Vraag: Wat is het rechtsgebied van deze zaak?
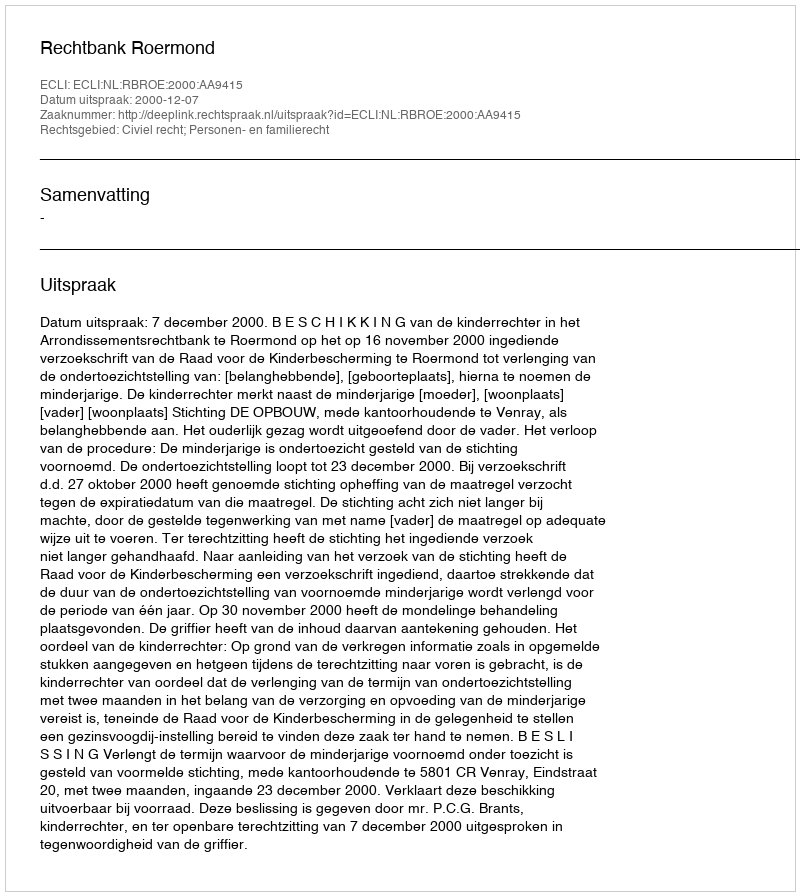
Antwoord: Civiel recht; Personen- en familierecht